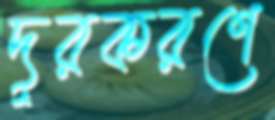
দূরকরণে